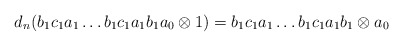
\begin{align*}d_n(b_1c_1a_1 \dots b_1c_1a_1b_1a_0 \otimes 1) = b_1c_1a_1 \dots b_1c_1a_1b_1 \otimes a_0\end{align*}